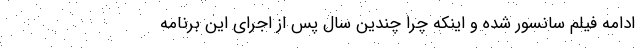
ادامه فیلم سانسور شده و اینکه چرا چندین سال پس از اجرای این برنامه